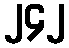
၂၄၂